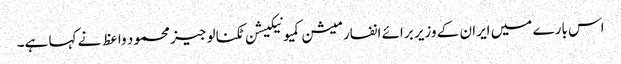
اس بارے میں ایران کے وزیر برائے انفارمیشن کمیونیکیشن ٹکنالوجیز محمود واعظ نے کہا ہے۔